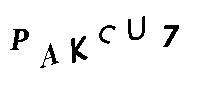
PAKCU7